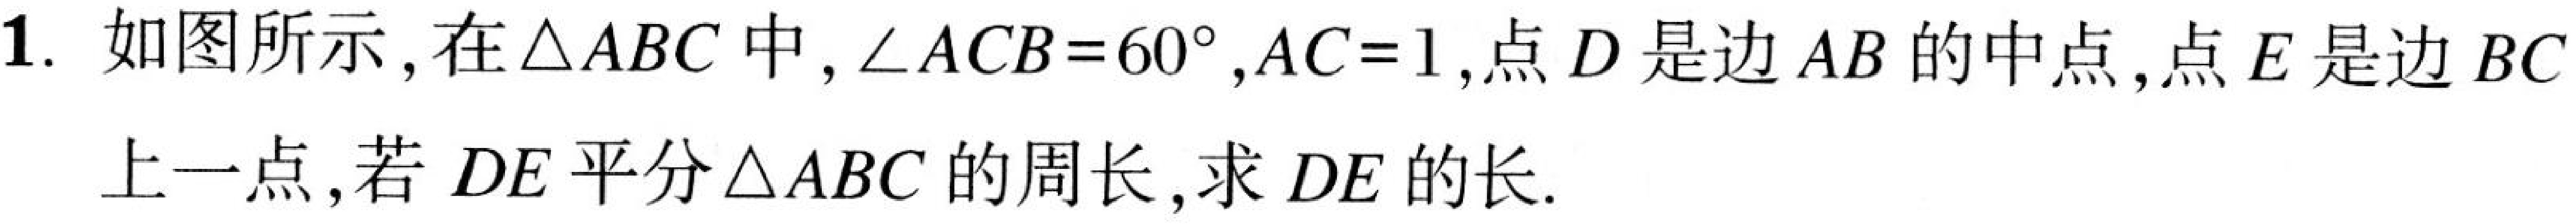
1. 如图所示，在\(\triangle ABC\)中，\(\angle ACB = 60^{\circ}\)，\(AC = 1\)，点\(D\)是边\(AB\)的中点，点\(E\)是边\(BC\)上一点，若\(DE\)平分\(\triangle ABC\)的周长，求\(DE\)的长.